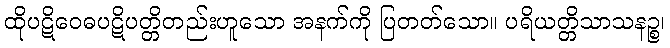
ထိုပဋိဝေဓပဋိပတ္တိတည်းဟူသော အနက်ကို ပြတတ်သော။ ပရိယတ္တိသာသနဉ္စ၊